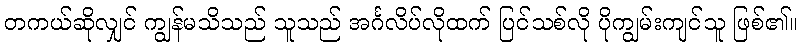
တကယ်ဆိုလျှင် ကျွန်မသိသည် သူသည် အင်္ဂလိပ်လိုထက် ပြင်သစ်လို ပိုကျွမ်းကျင်သူ ဖြစ်၏။